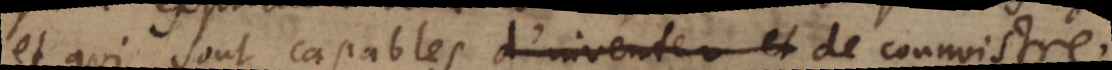
et qui sont capables d’inventer et de connoistre